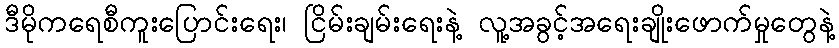
ဒီမိုကရေစီကူးပြောင်းရေး၊ ငြိမ်းချမ်းရေးနဲ့ လူ့အခွင့်အရေးချိုးဖောက်မှုတွေနဲ့